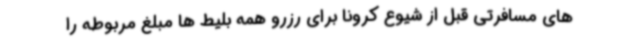
های مسافرتی قبل از شیوع کرونا برای رزرو همه بلیط ها مبلغ مربوطه را